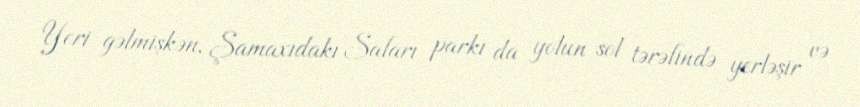
Yeri gəlmişkən, Şamaxıdakı Safarı parkı da yolun sol tərəfində yerləşir və